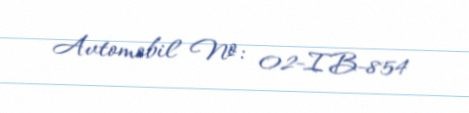
Avtomobil №: 02-IB-854